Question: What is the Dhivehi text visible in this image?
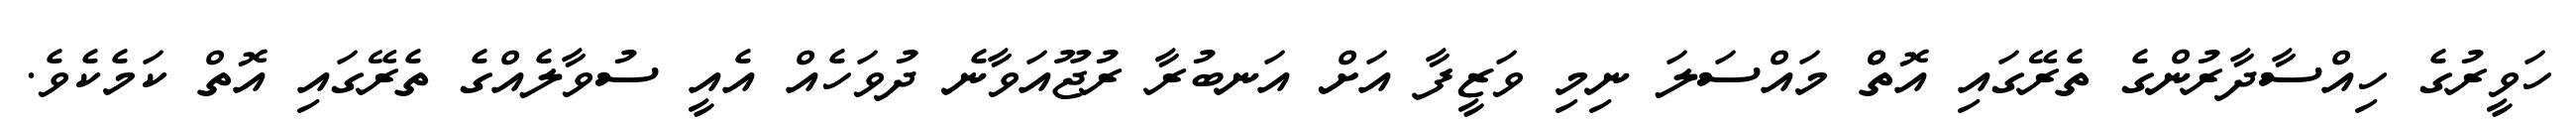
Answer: ހަވީރުގެ ހިއްސާދާރުންގެ ތެރޭގައި އޮތްް މައްސަލަ ނިމި ވަޒީފާ އަށް އަނބުރާ ރުޖޫއަވާނެ ދުވަހެއް އެއީ ސުވާލެއްގެ ތެރޭގައި އޮތް ކަމެކެވެ.